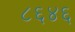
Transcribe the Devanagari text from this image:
८६४६